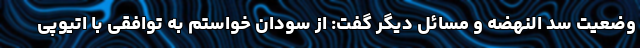
وضعیت سد النهضه و مسائل دیگر گفت: از سودان خواستم به توافقی با اتیوپی